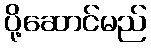
ပို့ဆောင်မည်